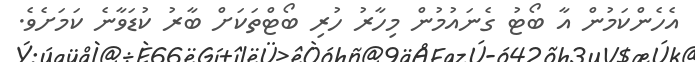
އެހެންކަމުން އާ ބޯޓު ގެނައުމުން މިހާރު ހުރި ބޯޓްތަކަށް ބާރު ކުޑަވާނެ ކަަމަށެވެ.